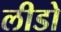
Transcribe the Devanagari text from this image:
लीडो